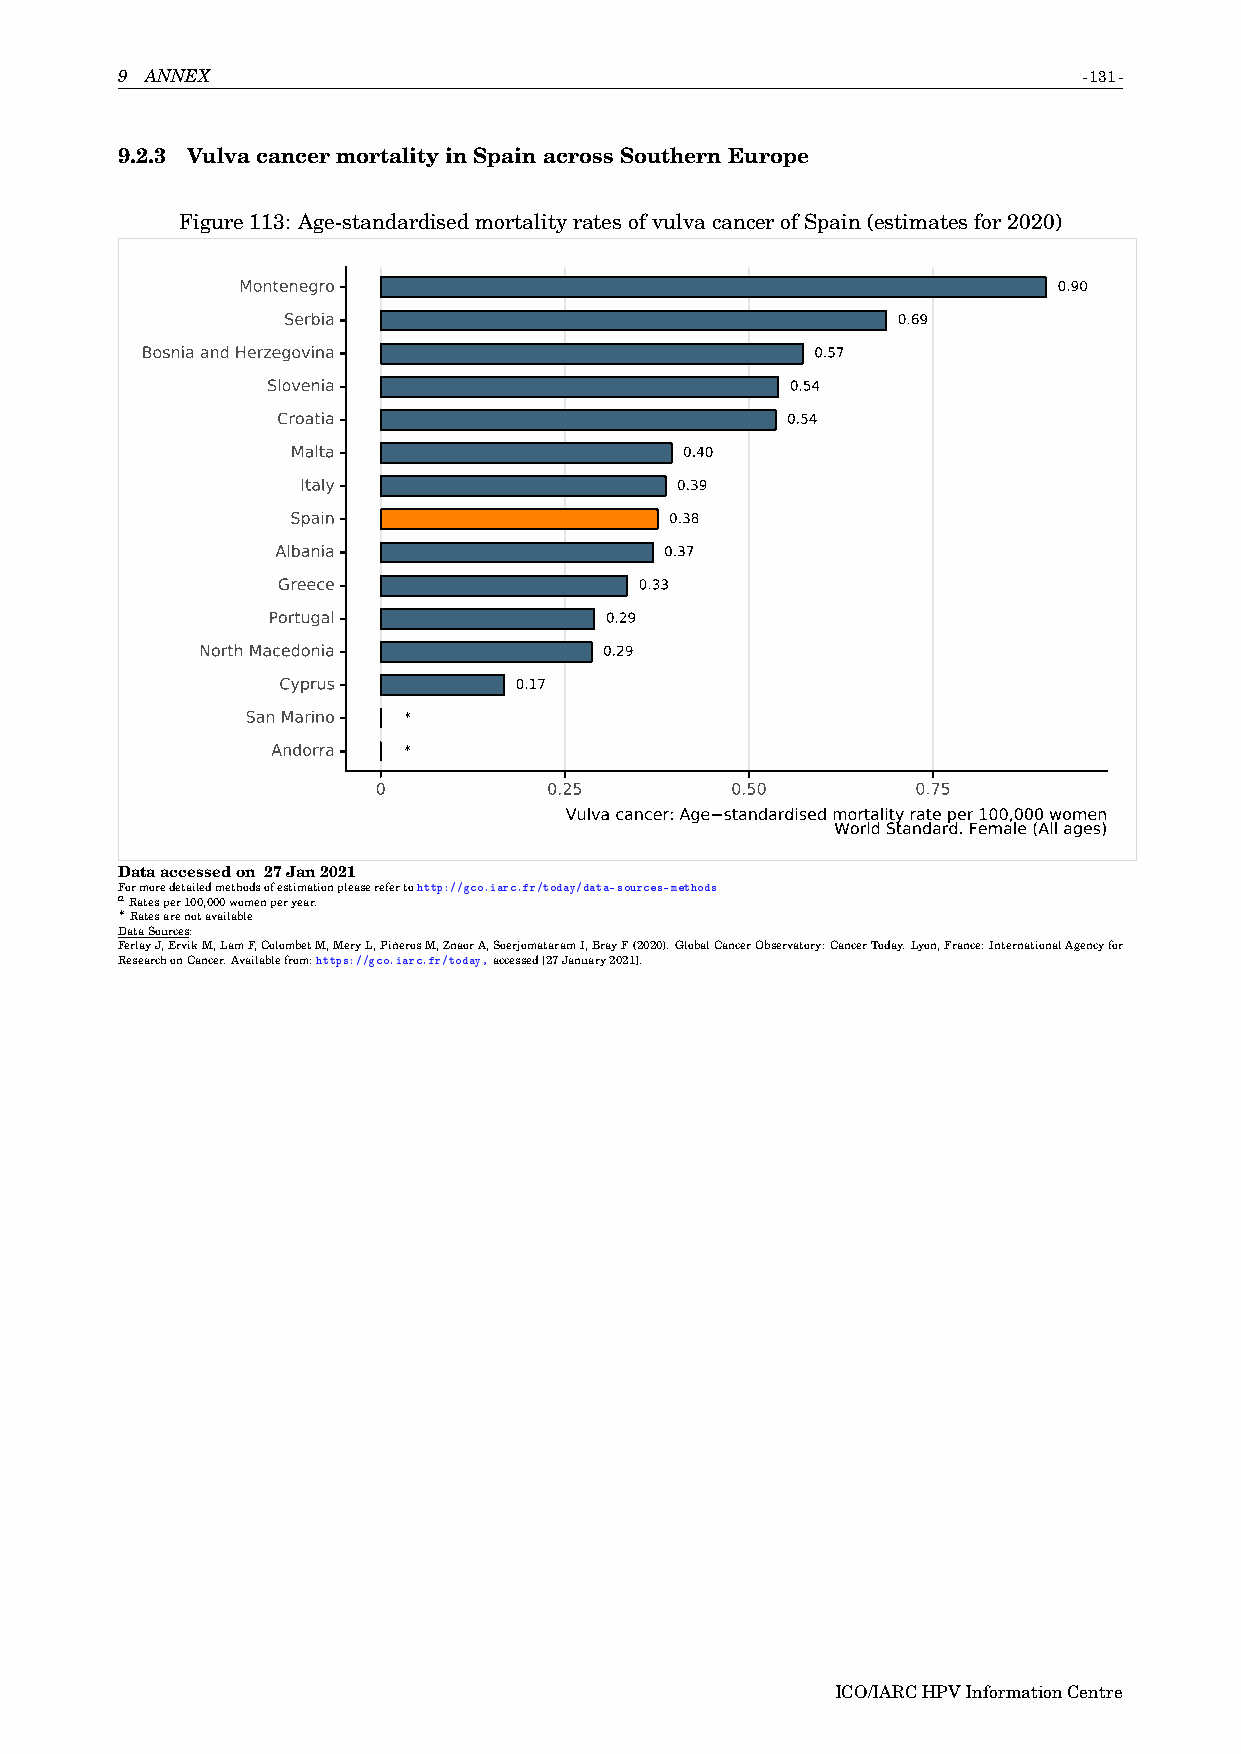
9 ANNEX                                                         -131-
 9.2.3 VulvacancermortalityinSpainacrossSouthernEurope
 Figure113: Age-standardisedmortalityratesofvulvacancerofSpain(estimatesfor2020)
 Montenegro                                            0.90
 Serbia                                  0.69
 Bosnia and Herzegovina                       0.57
 Slovenia                          0.54
 Croatia                           0.54
 Malta                     0.40
 Italy                    0.39
 Spain                    0.38
 Albania                   0.37
 Greece                  0.33
 Portugal              0.29
 North Macedonia            0.29
 Cyprus          0.17
 San Marino *
 Andorra  *
 0          0.25        0.50         0.75
 Vulva cancer: Age standardised mortality rate per 100,000 women
 World Standard. Female (All ages)
 Dataaccessedon 27Jan2021
 Formoredetailedmethodsofestimationpleaserefertohttp://gco.iarc.fr/today/data-sources-methods
 aRatesper100,000womenperyear.
 ∗
 Ratesarenotavailable
 DataSources:
 FerlayJ,ErvikM,LamF,ColombetM,MeryL,PiñerosM,ZnaorA,SoerjomataramI,BrayF(2020).GlobalCancerObservatory:CancerToday.Lyon,France:InternationalAgencyfor
 ResearchonCancer.Availablefrom:https://gco.iarc.fr/today,accessed[27January2021].
 ICO/IARCHPVInformationCentre